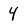
Character: 4